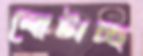
লোটাচ্ছ